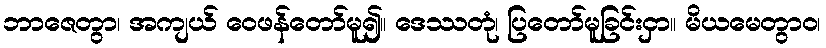
ဘာဇေတွာ၊ အကျယ် ဝေဖန်တော်မူ၍။ ဒေဿတုံ၊ ပြတော်မူခြင်းငှာ။ မိယမေတွာဝ၊